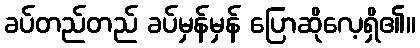
ခပ်တည်တည် ခပ်မှန်မှန် ပြောဆိုလေ့ရှိ၏။